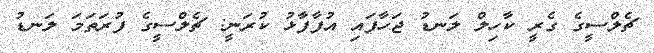
ޗެލްސީގެ ގެރީ ކާހިލް ލަނޑު ޖަހާފައި އުފާފާޅު ކުރަނީ: ޗެލްސީގެ ފުރަތަމަ ލަނޑު